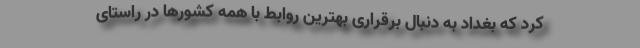
کرد که بغداد به دنبال برقراری بهترین روابط با همه کشورها در راستای